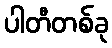
ပါတီတစ်ခု